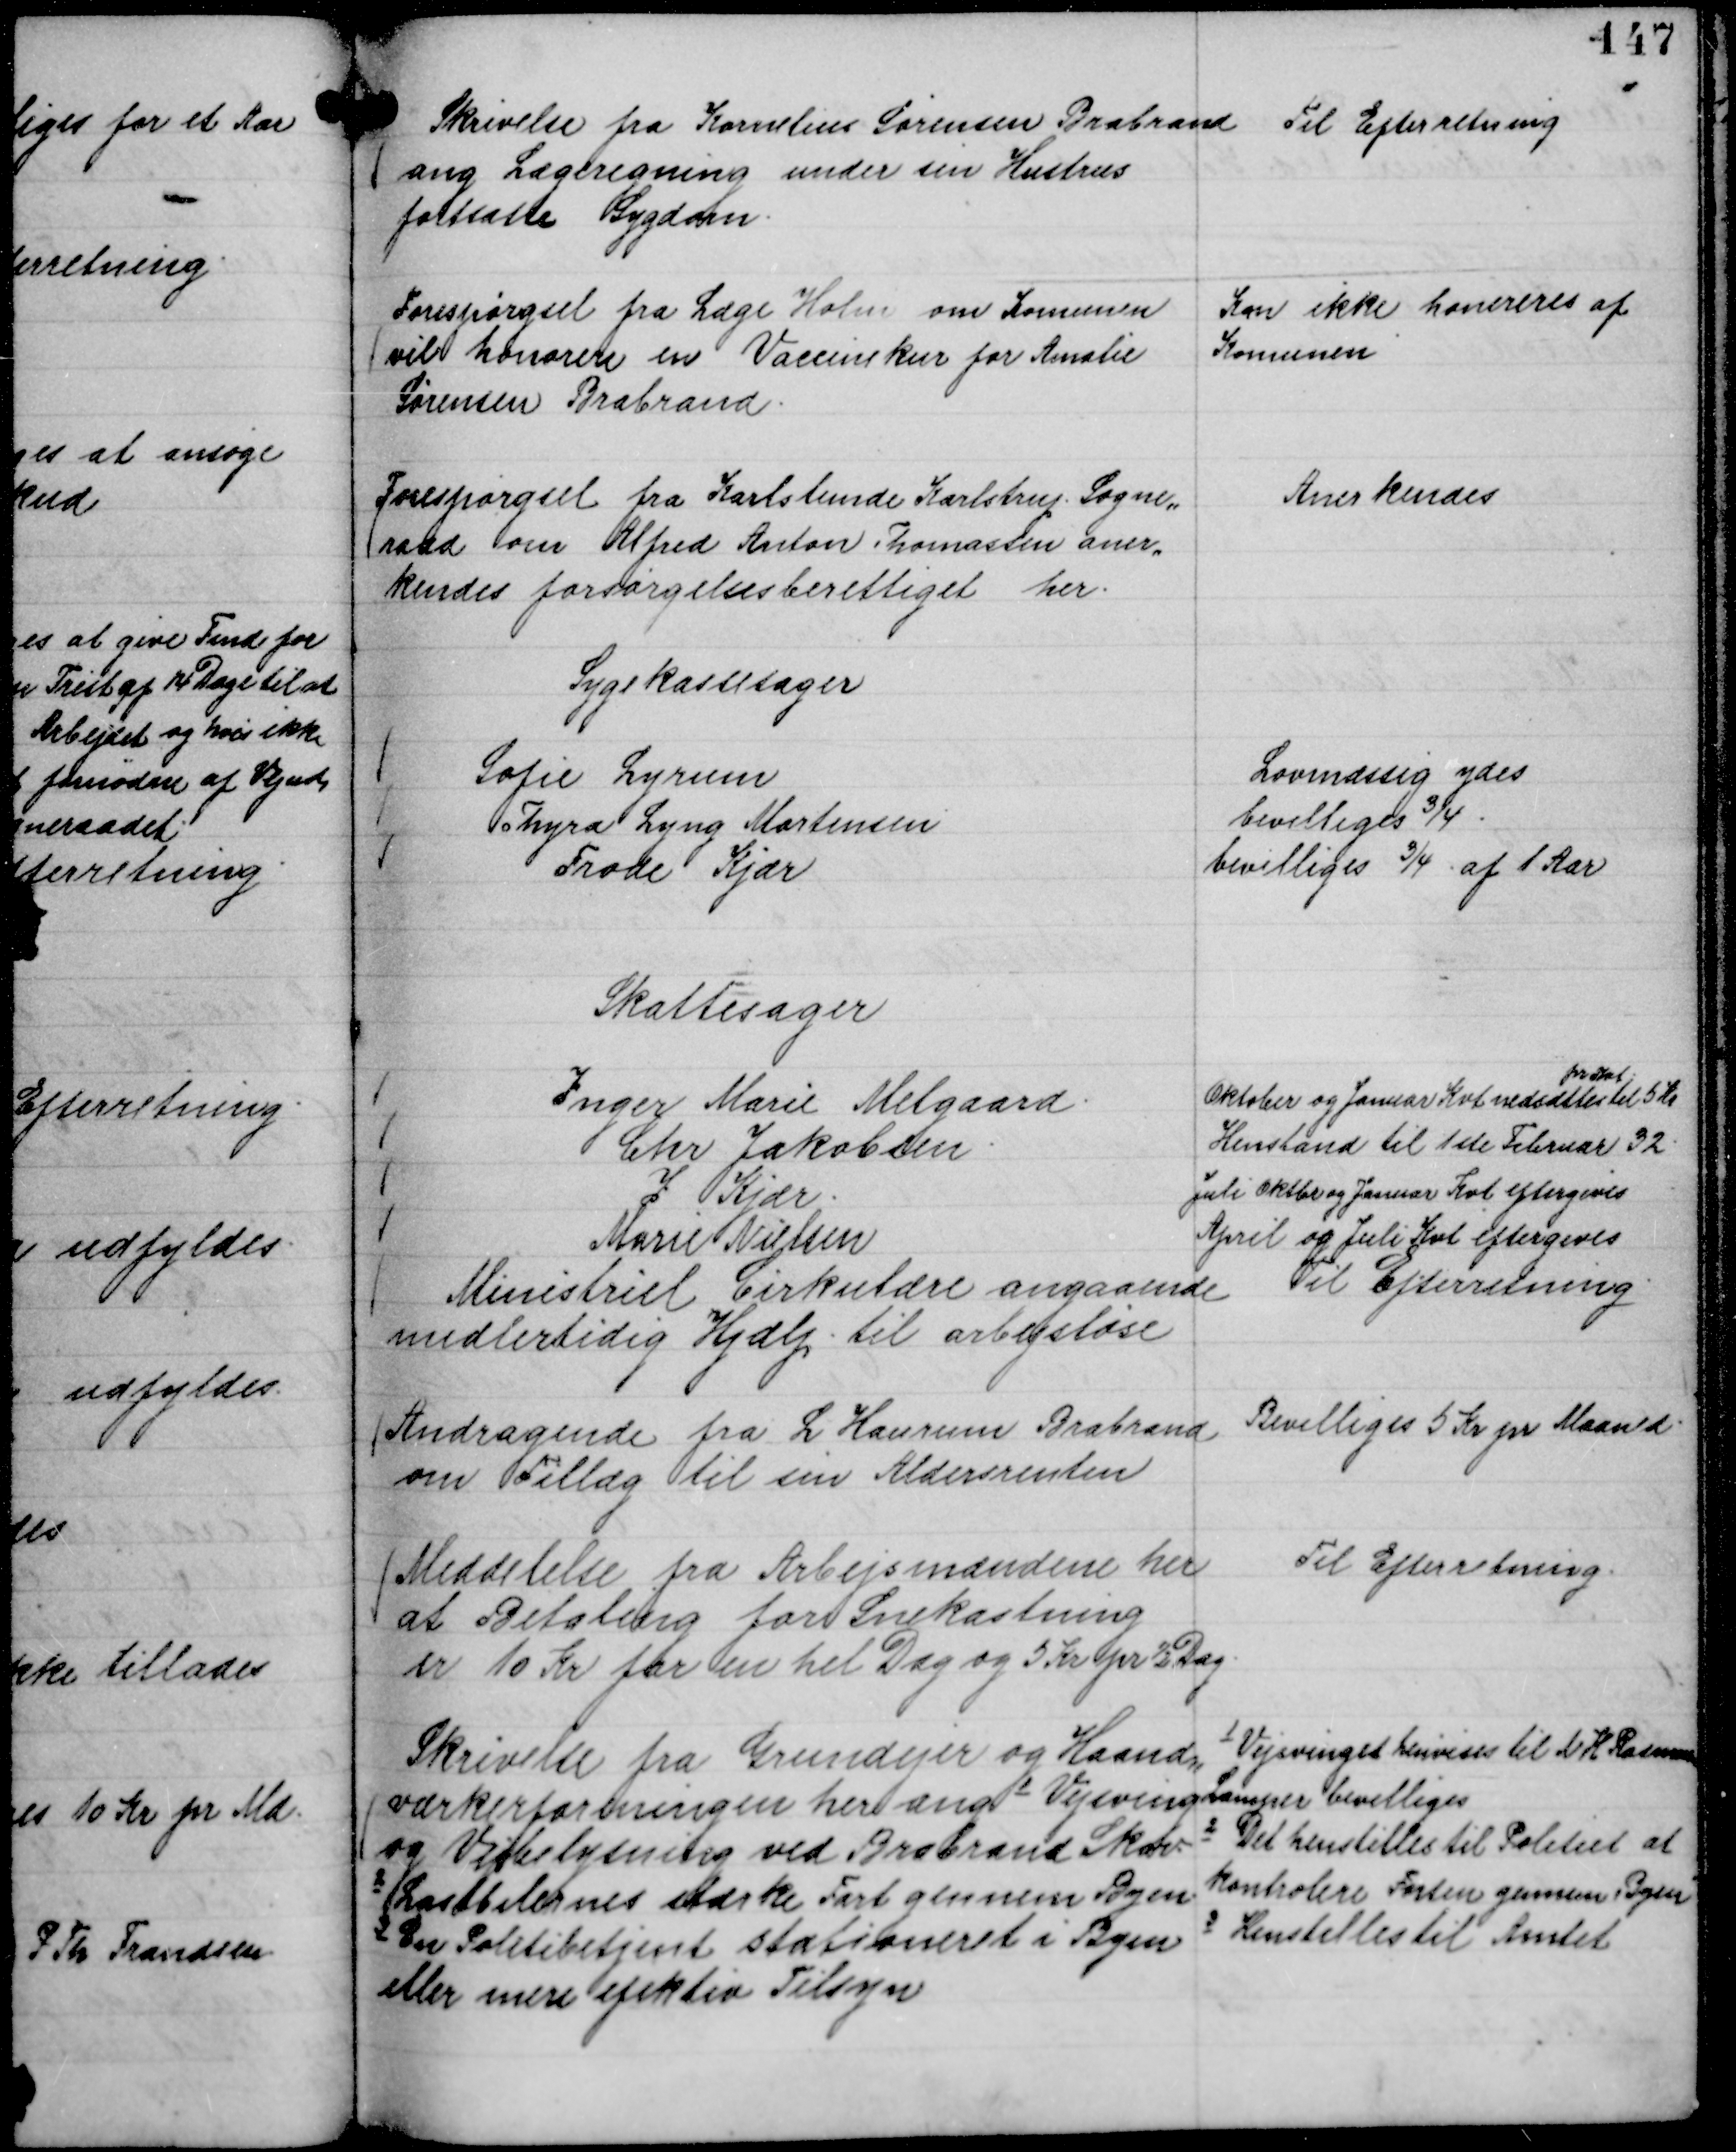
Transskription:
Skrivelse fra Kornelius Sørensen Brabrand
ang Lægeregning under sin Hustrus
fortsatte Sygdom.

Til Efterretning

Forespørgsel fra Læge Holm om Komunen
vil honorere en Vaccinekur for Amalie
Sørensen Brabrand.

Kan ikke honereres af
Komunen

Forespørgsel fra Karlslunde Karlstrup Sogne,,
raad om Alfred Anton Thomassen aner,,
kendes forsørgelsesberettiget her.

Anerkendes

Sygekassesager
Sofie Lyrum
Lovmæssig ydes
Thyra Lyng Mortensen
bevilliges ¾
Frode Kjær
bevilliges ¾ af 1 Aar

Skattesager
Inger Marie Melgaard.
Oktober og Januar Kvt nedsættes
pr Kvt
til 5 Kr
Chr Jakobsen.
Henstand til 1ste Februar 32.
I Kjær.
Juli Oktober og Januar Kvt eftergives
Marie Nielsen
April og Juli Kvt eftergives

Ministriel Cirkulære angaaende
midlertidig Hjælp til arbejsløse

Til Efterretning.

Andragende fra L Haurum Brabrand
om Tillæg til sin Aldersrenten

Bevilliges 5 Kr pr Maaned.

Meddelelse fra Arbejsmændene her
at Betaling for Snekastning
er 10 Kr for en hel Dag og 5 Kr pr ½ Dag.

Til Efterretning.

Skrivelse fra Grundejer og Haand,,
værkerforeningen her ang
1
Vejsving
og Vejbelysning ved Brabrand Skov
2
Lastbilernes stærke Fart gennem Byen
3
En Politibetjent stationeret i Byen
eller mere efektiv Tilsyn

1
Vejsvinget henvises til N H Rasmussen
Lamper bevilliges
2
Det henstilles til Politiet at
kontrolere Farten gennem Byen
3
Henstilles til Amtet